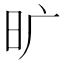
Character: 旷